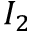
I _ { 2 }